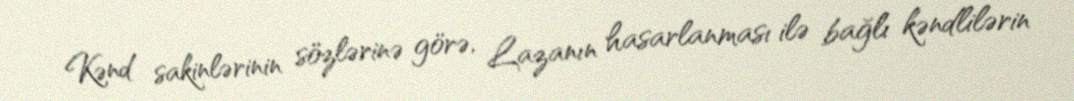
Kənd sakinlərinin sözlərinə görə, Lazanın hasarlanması ilə bağlı kəndlilərin